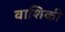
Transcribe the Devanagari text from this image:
वाशिकी